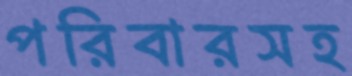
পরিবারসহ